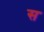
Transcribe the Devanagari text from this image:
स